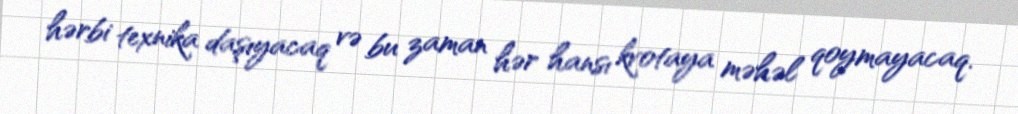
hərbi texnika daşıyacaq və bu zaman hər hansı kvotaya məhəl qoymayacaq.